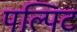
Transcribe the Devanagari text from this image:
पल्पिट